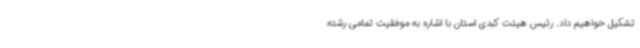
تشکیل خواهیم داد. رئیس هیئت کبدی استان با اشاره به موفقیت تمامی رشته